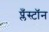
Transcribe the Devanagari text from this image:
प्लँस्टॉन